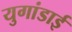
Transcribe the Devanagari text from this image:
युगांडाई